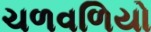
ચળવળિયો